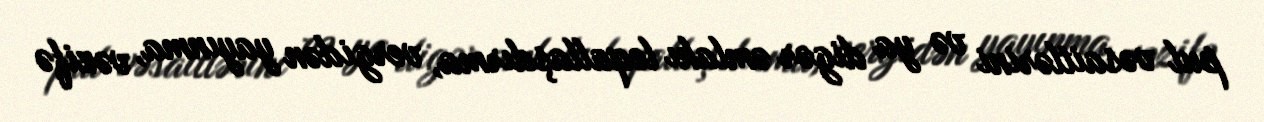
pul vəsaitlərini və ya digər əmlakı leqallaşdırma, vergidən yayınma, vəzifə